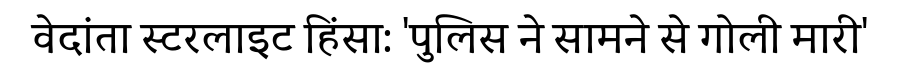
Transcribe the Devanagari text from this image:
वेदांता स्टरलाइट हिंसा: 'पुलिस ने सामने से गोली मारी'